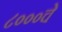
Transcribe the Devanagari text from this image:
८०००चे